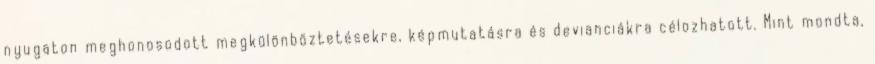
nyugaton meghonosodott megkülönböztetésekre, képmutatásra és devianciákra célozhatott. Mint mondta,